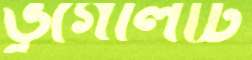
ভূগোলটি